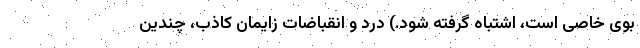
بوی خاصی است، اشتباه گرفته شود.) درد و انقباضات زایمان کاذب، چندین